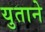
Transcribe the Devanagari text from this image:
युताने